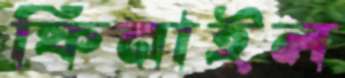
ফিনাইল